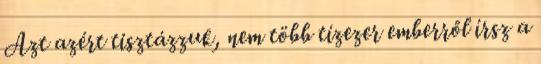
Azt azért tisztázzuk, nem több tízezer emberről írsz a